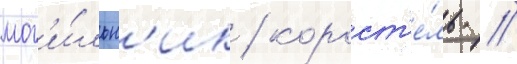
мог'и́льн'ик / корост'е́ль /